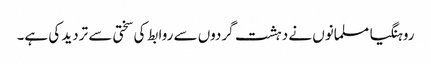
روہنگیا مسلمانوں نے دہشت گردوں سے روابط کی سختی سے تردید کی ہے۔